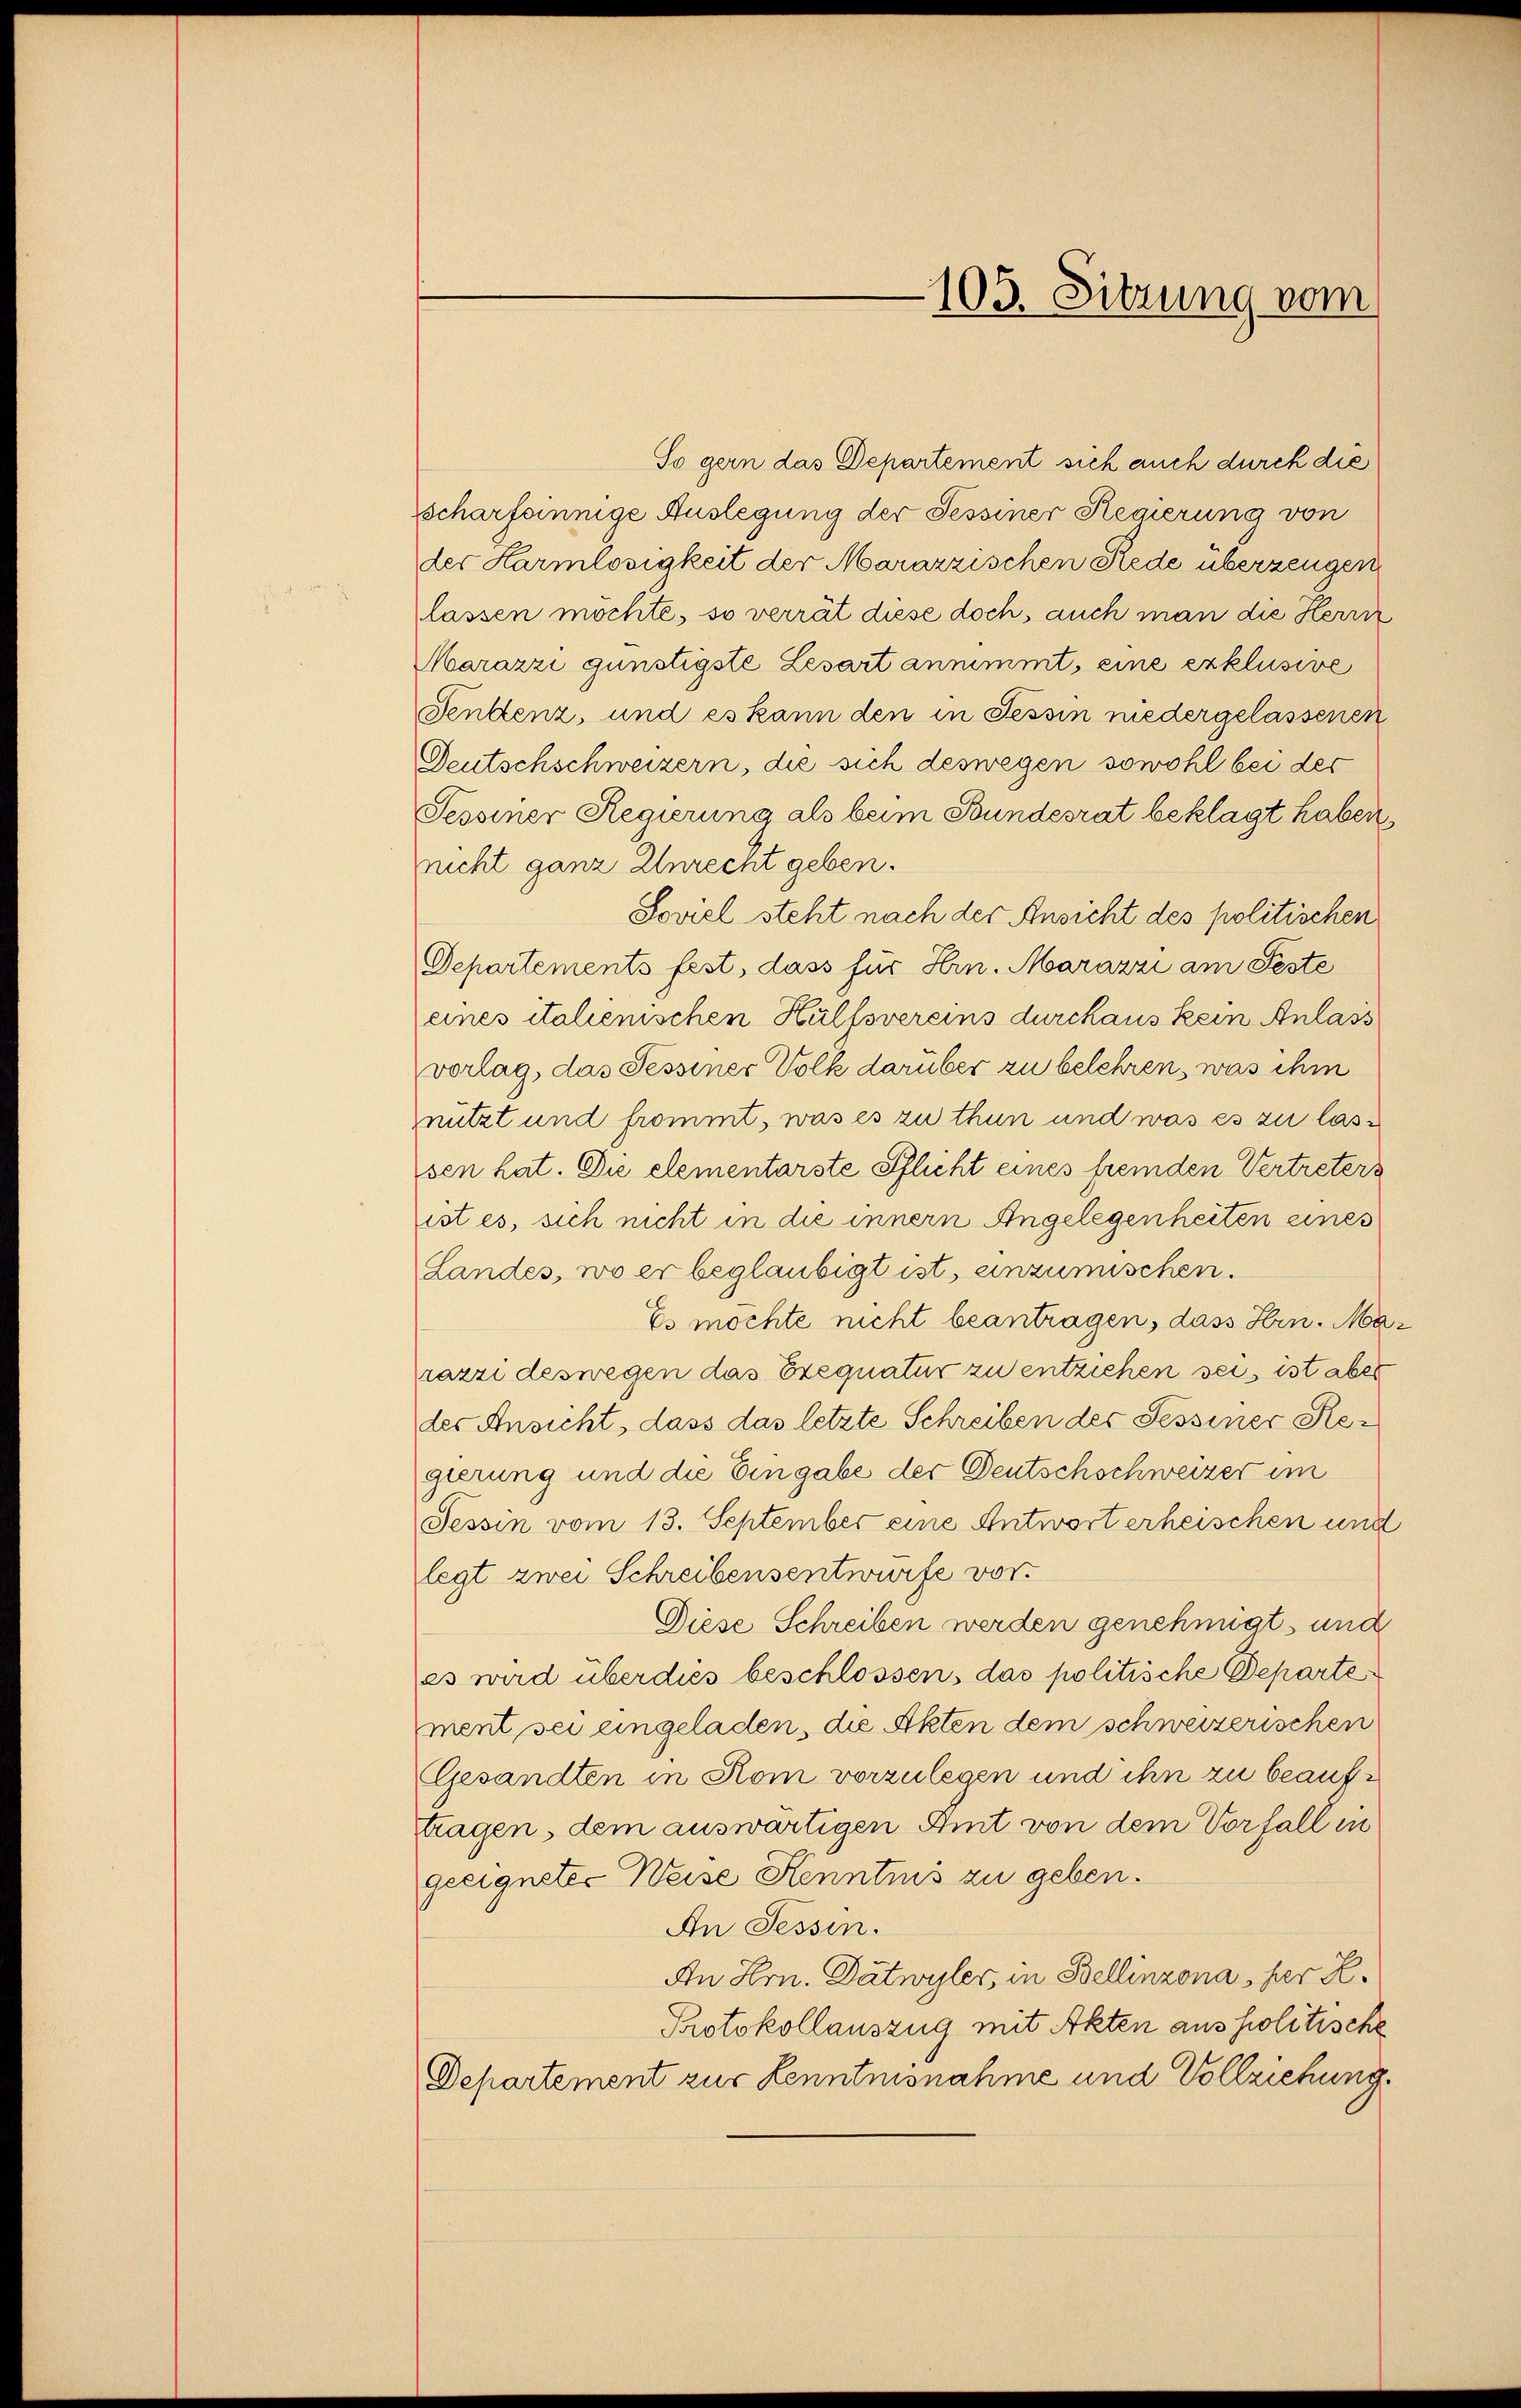
So gern das Departement sich auch durch die
scharfsinnige Auslegung der Fessiner Regierung von
der Harmlosigkeit der Mararzischen Rede überzeugen
lassen möchte, so verrät diese doch, auch man die Herrn
Marazzi günstigste Lesart annimmt, eine exklusive
Fenstenz, und es kann den in Tessin niedergelassenen
Deutschschweizern, die sich deswegen sowohl bei der
Sessiner Regierung als beim Bundesrat beklagt haben,
nricht ganz Unrecht geben.
Soviel steht nach der Ansicht des politischen
Departements fest, dass für Hrn. Marazzi am Feste
eines italienischen Hülfsvereins durchaus kein Anlass
vorlag, das Tessiner Volk darüber zu belehren, was ihm
nutzt und frommt, was es zu thun und was es zu lassen hat. Die elementarste Pflicht eines fremden Vertreters
ist es, sich nicht in die innern Angelegenheiten eines
Landes, wo er beglaubigt ist, einzumischen.
Es möchte nicht beantragen, dass Hrn. Marazzi deswegen das Exequatur zu entziehen sei, ist aber
des Ansicht, dass das letzte Schreiben der Sessiner Regierung und die Eingabe der Deutschschweizer im
Tessin vom 13. September eine Antwort erheischen und
legt zwei Schreibensentwurfe vor.
Diese Schreiben werden genehmigt und
es wird überdies beschlossen, das politische Departe
ment sei eingeladen, die Akten dem schweizerischen
Gesandten in Rom vorzulegen und ihn zu beauftragen, dem auswärtigen Amt von dem Vorfall in
geeigneter Weise Kenntnis zu geben.
An Tessin.
An Hrn. Datwyler, in Bellinzona per K.
Protokollauszug mit Akten aus politische
Departement zur Lenntnisnahme und Vollziehung.

105. Sitzung vom